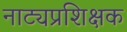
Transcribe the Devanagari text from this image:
नाट्यप्रशिक्षक